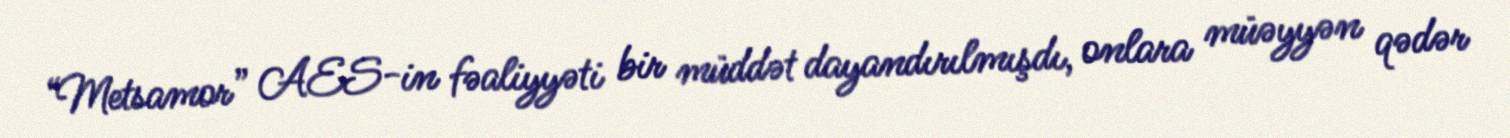
“Metsamor” AES-in fəaliyyəti bir müddət dayandırılmışdı, onlara müəyyən qədər